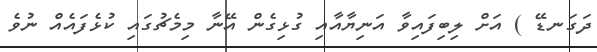
ދަގަނޑޭ ) އަށް ލިބިފައިވާ އަނިޔާއާއި ގުޅިގެން އޭނާ މިމެޗުގައި ކުޅެފައެއް ނުވެ